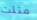
مثلت